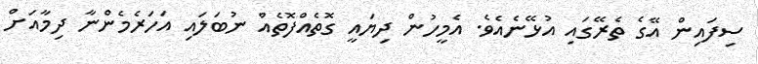
ސިފައިން އޭގެ ތެރޭގައި އުޅޭނެއެވެ. އެމީހުން ދިޔައީ ގޮތެއްފޮތެއް ނުބަލައި އަހަރެމެންނާ ދިމާއަށް